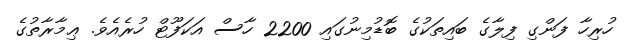
ހުރިހާ ފަންގި ފިލާގެ ބައިތަކުގެ ބޮޑުމިނުގައި 2200 ހާސް އަކަފޫޓް ހުރެއެވެ. ޢިމާރާތުގެ